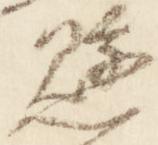
懸